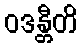
ဝဒန္တီတိ